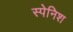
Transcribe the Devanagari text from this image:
स्‍पेनिश्‍ा